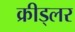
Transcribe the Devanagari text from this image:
क्रीड्लर